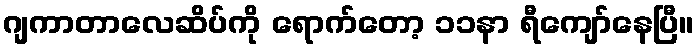
ဂျကာတာလေဆိပ်ကို ရောက်တော့ ၁၁နာ ရီကျော်နေပြီ။